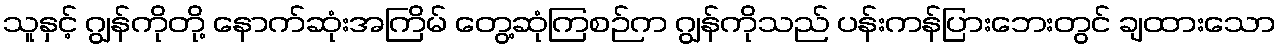
သူနှင့် ဂျွန်ကိုတို့ နောက်ဆုံးအကြိမ် တွေ့ဆုံကြစဉ်က ဂျွန်ကိုသည် ပန်းကန်ပြားဘေးတွင် ချထားသော